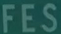
FES